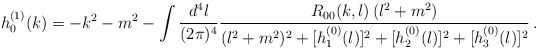
\begin{align*}h_0^{(1)}(k) = - k^2-m^2 - \int {d^4 l \over (2 \pi)^4} {R_{00}(k,l) \, (l^2+m^2) \over (l^2+m^2)^2 + [h_1^{(0)}(l)]^2 + [h_2^{(0)}(l)]^2 + [h_3^{(0)}(l)]^2} \, .\end{align*}